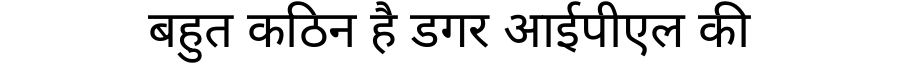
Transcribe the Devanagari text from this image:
बहुत कठिन है डगर आईपीएल की